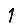
Digit: 1